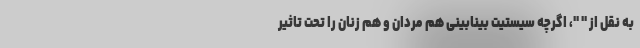
به نقل از " "، اگرچه سیستیت بینابینی هم مردان و هم زنان را تحت تاثیر